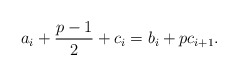
\begin{align*}a_i+\frac{p-1}{2}+c_{i}=b_i+pc_{i+1}.\end{align*}